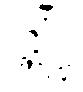
候